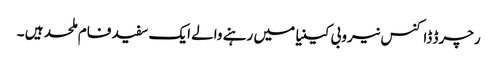
رچرڈ ڈاکنس نیروبی کینیا میں رہنے والے ایک سفید فام ملحد ہیں ۔